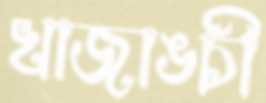
খাজাঙ্চী